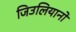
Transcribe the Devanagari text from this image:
जिउलियानो